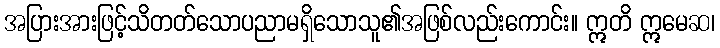
အပြားအားဖြင့်သိတတ်သောပညာမရှိသောသူ၏အဖြစ်လည်းကောင်း။ ဣတိ ဣမေဆ၊